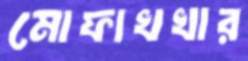
মোফাখখার